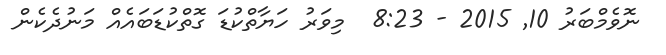
ނޮވެމްބަރު 10